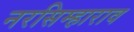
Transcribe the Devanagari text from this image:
नरसिम्हाराव